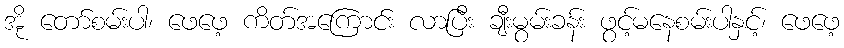
အို တော်စမ်းပါ၊ ဖေဖေ့ ကိတ်အကြောင်း လာပြီး ချီးမွမ်းခန်း ဖွင့်မနေစမ်းပါနှင့်၊ ဖေဖေ့